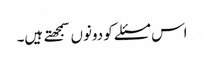
اس مسئلے کو دونوں سمجهتے ہیں۔